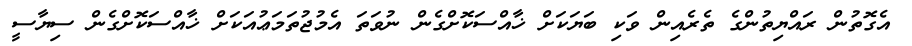
އެގޮތުން ރައްޔިތުންގެ ތެރެއިން ވަކި ބަޔަކަށް ޚާއްސަކޮށްގެން ނުވަތަ އެމުޖުތަމަޢުއަކަށް ޚާއްސަކޮށްގެން ސިޔާސީ